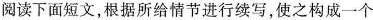
阅读下面短文，根据所给情节进行续写，使之构成一个